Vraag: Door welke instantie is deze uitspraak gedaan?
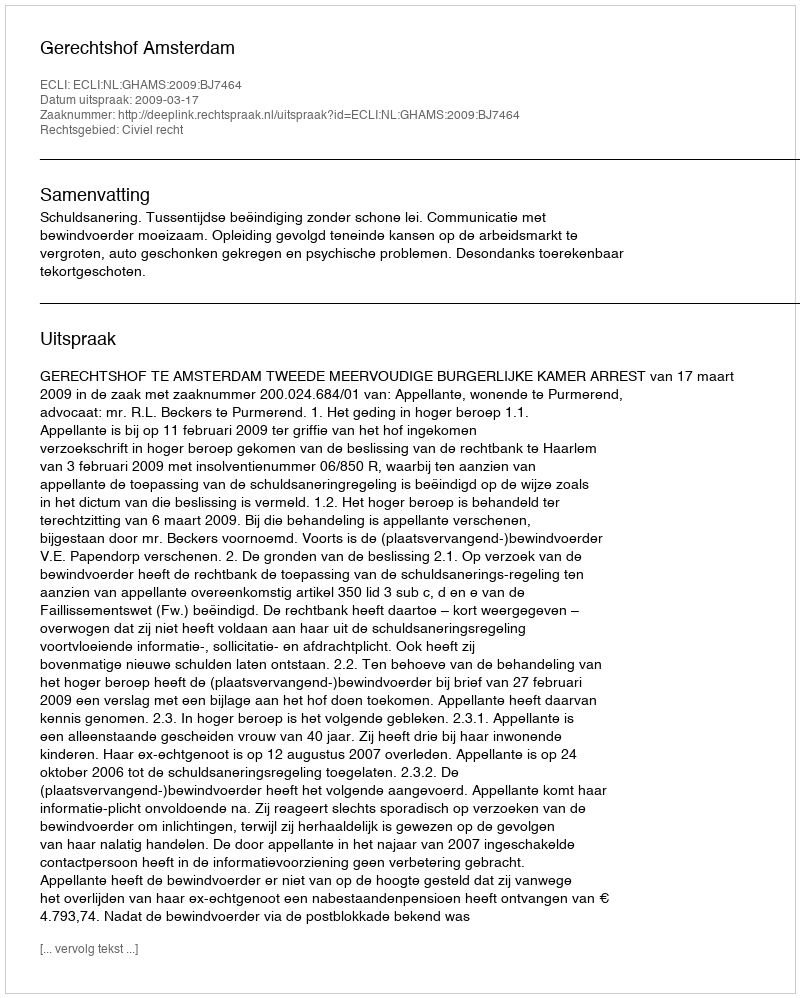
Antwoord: Gerechtshof Amsterdam